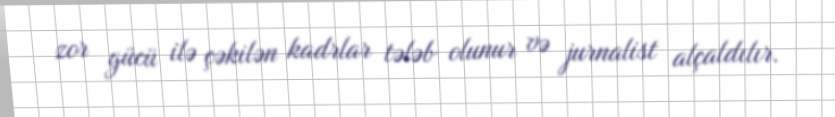
zor gücü ilə çəkilən kadrlar tələb olunur və jurnalist alçaldılır.